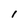
Character: l